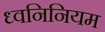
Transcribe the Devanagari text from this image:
ध्वनिनियम